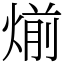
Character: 㷙